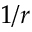
1 / r